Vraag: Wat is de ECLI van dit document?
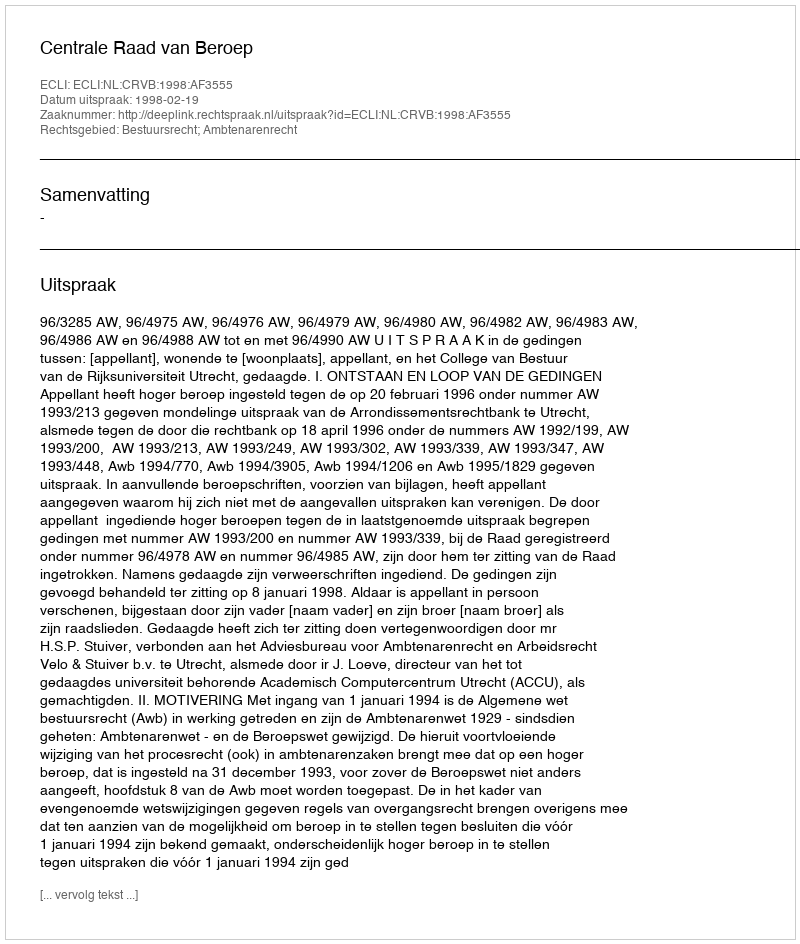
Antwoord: ECLI:NL:CRVB:1998:AF3555